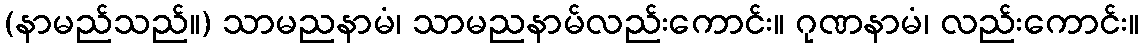
(နာမည်သည်။) သာမညနာမံ၊ သာမညနာမ်လည်းကောင်း။ ဂုဏနာမံ၊ လည်းကောင်း။